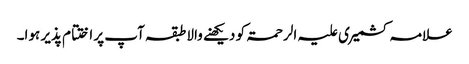
علامہ کشمیری علیہ الرحمۃ کو دیکھنے والا طبقہ آپ پر اختتام پذیر ہوا۔